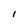
Character: l